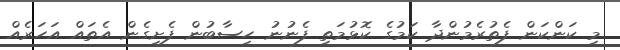
މި ކަންކަން ފެތުރެމުންދާ ކަމުގެ ކޮޅުމަތި ފެނުނު ހިސާބުން ފެށިގެން އެތައް އަހަރެއް